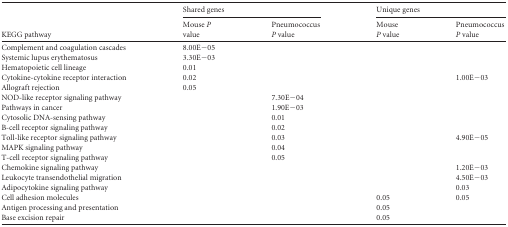
| <ROWSPAN=2> KEGG pathway | <COLSPAN=2> Shared genes | <COLSPAN=2> Unique genes |
 | Mouse P value | Pneumococcus P value | Mouse P value | Pneumococcus P value |
 | --- | --- | --- | --- | --- |
 | Complement and coagulation cascades | 8.00E−05 |  |  |  |
 | Systemic lupus erythematosus | 3.30E−03 |  |  |  |
 | Hematopoietic cell lineage | 0.01 |  |  |  |
 | Cytokine-cytokine receptor interaction | 0.02 |  |  | 1.00E−03 |
 | Allograft rejection | 0.05 |  |  |  |
 | NOD-like receptor signaling pathway |  | 7.30E−04 |  |  |
 | Pathways in cancer |  | 1.90E−03 |  |  |
 | Cytosolic DNA-sensing pathway |  | 0.01 |  |  |
 | B-cell receptor signaling pathway |  | 0.02 |  |  |
 | Toll-like receptor signaling pathway |  | 0.03 |  | 4.90E−05 |
 | MAPK signaling pathway |  | 0.04 |  |  |
 | T-cell receptor signaling pathway |  | 0.05 |  |  |
 | Chemokine signaling pathway |  |  |  | 1.20E−03 |
 | Leukocyte transendothelial migration |  |  |  | 4.50E−03 |
 | Adipocytokine signaling pathway |  |  |  | 0.03 |
 | Cell adhesion molecules |  |  | 0.05 | 0.05 |
 | Antigen processing and presentation |  |  | 0.05 |  |
 | Base excision repair |  |  | 0.05 |  |